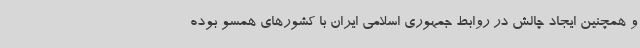
و همچنین ایجاد چالش در روابط جمهوری اسلامی ایران با کشورهای همسو بوده